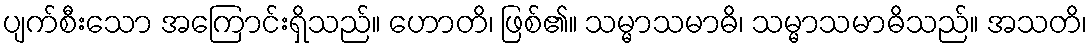
ပျက်စီးသော အကြောင်းရှိသည်။ ဟောတိ၊ ဖြစ်၏။ သမ္မာသမာဓိ၊ သမ္မာသမာဓိသည်။ အသတိ၊